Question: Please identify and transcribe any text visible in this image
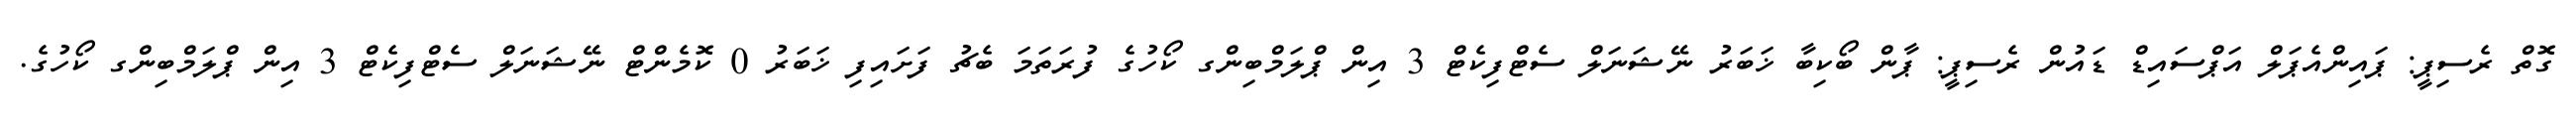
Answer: ގޮތް ރެސިޕީ: ޕައިންއެޕަލް އަޕްސައިޑް ޑައުން ރެސިޕީ: ޕާން ބޯކިބާ ޚަބަރު ނޭޝަނަލް ސެޓްފިކެޓް 3 އިން ޕްލަމްބިންގ ކޯހުގެ ފުރަތަމަ ބެޗު ފަށައިފި ޚަބަރު 0 ކޮމެންޓް ނޭޝަނަލް ސެޓްފިކެޓް 3 އިން ޕްލަމްބިންގ ކޯހުގެ.